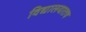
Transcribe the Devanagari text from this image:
विद्यालयातच